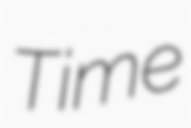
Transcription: Time